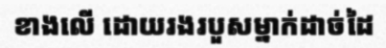
ខាងលើ ដោយរងរបួសម្នាក់ដាច់ដៃ